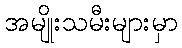
အမျိုးသမီးများမှာ